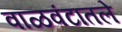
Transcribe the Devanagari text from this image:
वाळवंटातले